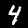
Digit: 4